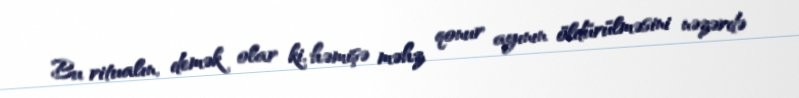
Bu ritualın, demək olar ki, həmişə məhz qonur ayının öldürülməsini nəzərdə